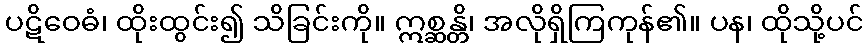
ပဋိဝေဓံ၊ ထိုးထွင်း၍ သိခြင်းကို။ ဣစ္ဆန္တိ၊ အလိုရှိကြကုန်၏။ ပန၊ ထိုသို့ပင်